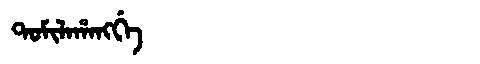
Manchu: ᡨᠣᠮᡳᠯᠠᡥᠠᠩᡤᡝ
Romanization: TOMILAHANGGE